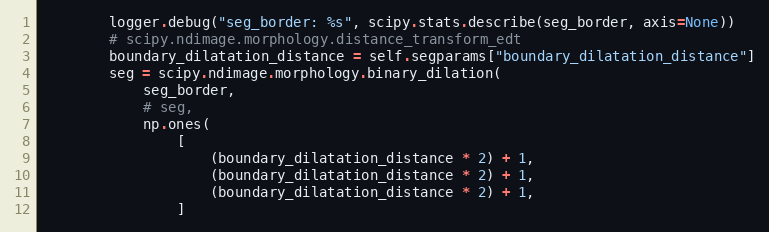
Language: Python
        logger.debug("seg_border: %s", scipy.stats.describe(seg_border, axis=None))
        # scipy.ndimage.morphology.distance_transform_edt
        boundary_dilatation_distance = self.segparams["boundary_dilatation_distance"]
        seg = scipy.ndimage.morphology.binary_dilation(
            seg_border,
            # seg,
            np.ones(
                [
                    (boundary_dilatation_distance * 2) + 1,
                    (boundary_dilatation_distance * 2) + 1,
                    (boundary_dilatation_distance * 2) + 1,
                ]